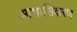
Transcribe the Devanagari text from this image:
आभासिकरण